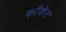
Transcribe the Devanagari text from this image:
कौकेट